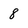
Character: 8